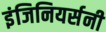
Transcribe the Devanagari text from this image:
इंजिनियर्सनी